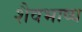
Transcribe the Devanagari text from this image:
शैवभाष्य